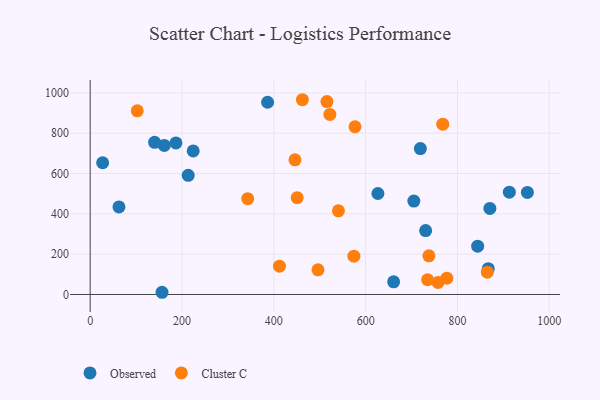
{"axis": {"x": "Engine Size", "y": "Demand"}, "legend": ["Cluster C", "Observed"], "data": [{"x": "719.2", "y": 723.6, "type": "Observed"}, {"x": "952.3", "y": 506.3, "type": "Observed"}, {"x": "62.7", "y": 434.4, "type": "Observed"}, {"x": "161.4", "y": 739.2, "type": "Observed"}, {"x": "626.7", "y": 501.0, "type": "Observed"}, {"x": "870.6", "y": 426.9, "type": "Observed"}, {"x": "844.0", "y": 239.8, "type": "Observed"}, {"x": "156.5", "y": 11.0, "type": "Observed"}, {"x": "867.1", "y": 128.2, "type": "Observed"}, {"x": "186.8", "y": 752.0, "type": "Observed"}, {"x": "224.4", "y": 712.1, "type": "Observed"}, {"x": "27.1", "y": 653.4, "type": "Observed"}, {"x": "661.0", "y": 62.6, "type": "Observed"}, {"x": "705.0", "y": 463.5, "type": "Observed"}, {"x": "140.3", "y": 754.9, "type": "Observed"}, {"x": "913.0", "y": 507.3, "type": "Observed"}, {"x": "213.5", "y": 591.2, "type": "Observed"}, {"x": "730.7", "y": 317.1, "type": "Observed"}, {"x": "386.4", "y": 953.6, "type": "Observed"}, {"x": "522.1", "y": 893.0, "type": "Cluster C"}, {"x": "576.8", "y": 832.0, "type": "Cluster C"}, {"x": "446.1", "y": 667.8, "type": "Cluster C"}, {"x": "102.6", "y": 911.1, "type": "Cluster C"}, {"x": "737.8", "y": 191.9, "type": "Cluster C"}, {"x": "757.6", "y": 60.1, "type": "Cluster C"}, {"x": "735.0", "y": 73.2, "type": "Cluster C"}, {"x": "768.0", "y": 844.8, "type": "Cluster C"}, {"x": "343.2", "y": 475.2, "type": "Cluster C"}, {"x": "540.8", "y": 414.9, "type": "Cluster C"}, {"x": "865.0", "y": 110.7, "type": "Cluster C"}, {"x": "515.7", "y": 956.9, "type": "Cluster C"}, {"x": "776.9", "y": 81.0, "type": "Cluster C"}, {"x": "574.4", "y": 190.0, "type": "Cluster C"}, {"x": "412.3", "y": 140.5, "type": "Cluster C"}, {"x": "450.9", "y": 480.3, "type": "Cluster C"}, {"x": "462.2", "y": 966.1, "type": "Cluster C"}, {"x": "496.2", "y": 122.6, "type": "Cluster C"}]}